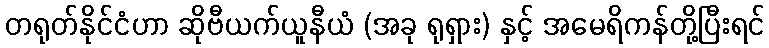
တရုတ်နိုင်ငံဟာ ဆိုဗီယက်ယူနီယံ (အခု ရုရှား) နှင့် အမေရိကန်တို့ပြီးရင်